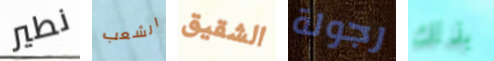
نطير الشعب الشقيق رجولة بذلك